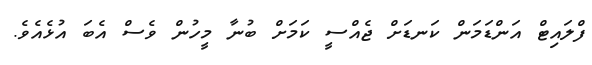
ފްލައިޓް އަންޑަމަން ކަނޑަށް ޖެއްސީ ކަމަށް ބުނާ މީހުން ވެސް އެބަ އުޅެއެވެ.